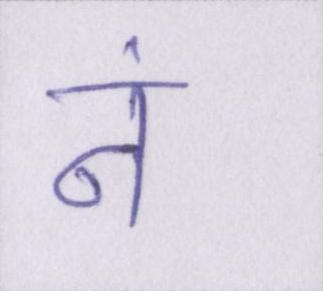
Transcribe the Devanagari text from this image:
नं